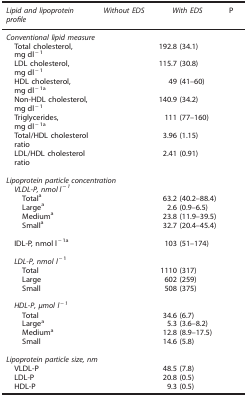
<table><thead><tr><td><b><i>Lipid and lipoprotein profile</i></b></td><td><b><i>Without EDS</i></b></td><td><b><i>With EDS</i></b></td><td><b>P</b></td></tr></thead><tbody><tr><td colspan="4"><i>Conventional lipid measure</i></td></tr><tr><td> Total cholesterol, mg dl<sup>−1</sup></td><td>[EMPTY_CELL]</td><td>192.8 (34.1)</td><td>[EMPTY_CELL]</td></tr><tr><td> LDL cholesterol, mg dl<sup>−1</sup></td><td>[EMPTY_CELL]</td><td>115.7 (30.8)</td><td>[EMPTY_CELL]</td></tr><tr><td> HDL cholesterol, mg dl<sup>−1</sup>a</td><td>[EMPTY_CELL]</td><td>49 (41–60)</td><td>[EMPTY_CELL]</td></tr><tr><td> Non-HDL cholesterol, mg dl<sup>−1</sup></td><td>[EMPTY_CELL]</td><td>140.9 (34.2)</td><td>[EMPTY_CELL]</td></tr><tr><td> Triglycerides, mg dl<sup>−1</sup>a</td><td>[EMPTY_CELL]</td><td>111 (77–160)</td><td>[EMPTY_CELL]</td></tr><tr><td> Total/HDL cholesterol ratio</td><td>[EMPTY_CELL]</td><td>3.96 (1.15)</td><td>[EMPTY_CELL]</td></tr><tr><td> LDL/HDL cholesterol ratio</td><td>[EMPTY_CELL]</td><td>2.41 (0.91)</td><td>[EMPTY_CELL]</td></tr><tr><td colspan="4">[EMPTY_CELL]</td></tr><tr><td colspan="4"><i>Lipoprotein particle concentration</i></td></tr><tr><td> <i>VLDL-P, nmol l<sup>−1</sup></i></td><td>[EMPTY_CELL]</td><td>[EMPTY_CELL]</td><td>[EMPTY_CELL]</td></tr><tr><td>Totala</td><td>[EMPTY_CELL]</td><td>63.2 (40.2–88.4)</td><td>[EMPTY_CELL]</td></tr><tr><td>Largea</td><td>[EMPTY_CELL]</td><td>2.6 (0.9–6.5)</td><td>[EMPTY_CELL]</td></tr><tr><td>Mediuma</td><td>[EMPTY_CELL]</td><td>23.8 (11.9–39.5)</td><td>[EMPTY_CELL]</td></tr><tr><td>Smalla</td><td>[EMPTY_CELL]</td><td>32.7 (20.4–45.4)</td><td>[EMPTY_CELL]</td></tr><tr><td>[EMPTY_CELL]</td><td>[EMPTY_CELL]</td><td>[EMPTY_CELL]</td><td>[EMPTY_CELL]</td></tr><tr><td> IDL-P, nmol l<sup>−1</sup>a</td><td>[EMPTY_CELL]</td><td>103 (51–174)</td><td>[EMPTY_CELL]</td></tr><tr><td>[EMPTY_CELL]</td><td>[EMPTY_CELL]</td><td>[EMPTY_CELL]</td><td>[EMPTY_CELL]</td></tr><tr><td colspan="4"><i> LDL-P, nmol l</i><sup>−1</sup></td></tr><tr><td>Total</td><td>[EMPTY_CELL]</td><td>1110 (317)</td><td>[EMPTY_CELL]</td></tr><tr><td>Large</td><td>[EMPTY_CELL]</td><td>602 (259)</td><td>[EMPTY_CELL]</td></tr><tr><td>Small</td><td>[EMPTY_CELL]</td><td>508 (375)</td><td>[EMPTY_CELL]</td></tr><tr><td>[EMPTY_CELL]</td><td>[EMPTY_CELL]</td><td>[EMPTY_CELL]</td><td>[EMPTY_CELL]</td></tr><tr><td colspan="4"><i> HDL-P, μmol l</i><sup>−<i>1</i></sup></td></tr><tr><td>Total</td><td>[EMPTY_CELL]</td><td>34.6 (6.7)</td><td>[EMPTY_CELL]</td></tr><tr><td>Largea</td><td>[EMPTY_CELL]</td><td>5.3 (3.6–8.2)</td><td>[EMPTY_CELL]</td></tr><tr><td>Mediuma</td><td>[EMPTY_CELL]</td><td>12.8 (8.9–17.5)</td><td>[EMPTY_CELL]</td></tr><tr><td>Small</td><td>[EMPTY_CELL]</td><td>14.6 (5.8)</td><td>[EMPTY_CELL]</td></tr><tr><td colspan="4">[EMPTY_CELL]</td></tr><tr><td colspan="4"><i>Lipoprotein particle size, nm</i></td></tr><tr><td> VLDL-P</td><td>[EMPTY_CELL]</td><td>48.5 (7.8)</td><td>[EMPTY_CELL]</td></tr><tr><td> LDL-P</td><td>[EMPTY_CELL]</td><td>20.8 (0.5)</td><td>[EMPTY_CELL]</td></tr><tr><td> HDL-P</td><td>[EMPTY_CELL]</td><td>9.3 (0.5)</td><td>[EMPTY_CELL]</td></tr></tbody></table>